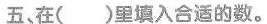
五、在( )里填入合适的数。